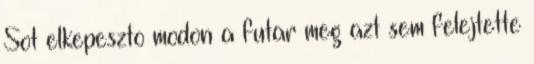
Sot elkepeszto modon a futar meg azt sem felejtette